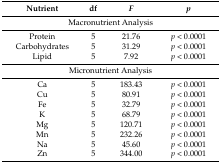
<table><thead><tr><td><b>Nutrient</b></td><td><b>df</b></td><td><b><i>F</i></b></td><td><b><i>p</i></b></td></tr></thead><tbody><tr><td colspan="4">Macronutrient Analysis</td></tr><tr><td>Protein</td><td>5</td><td>21.76</td><td><i>p</i> &lt; 0.0001</td></tr><tr><td>Carbohydrates</td><td>5</td><td>31.29</td><td><i>p</i> &lt; 0.0001</td></tr><tr><td>Lipid</td><td>5</td><td>7.92</td><td><i>p</i> &lt; 0.0001</td></tr><tr><td colspan="4">Micronutrient Analysis</td></tr><tr><td>Ca</td><td>5</td><td>183.43</td><td><i>p</i> &lt; 0.0001</td></tr><tr><td>Cu</td><td>5</td><td>80.91</td><td><i>p</i> &lt; 0.0001</td></tr><tr><td>Fe</td><td>5</td><td>32.79</td><td><i>p</i> &lt; 0.0001</td></tr><tr><td>K</td><td>5</td><td>68.79</td><td><i>p</i> &lt; 0.0001</td></tr><tr><td>Mg</td><td>5</td><td>120.71</td><td><i>p</i> &lt; 0.0001</td></tr><tr><td>Mn</td><td>5</td><td>232.26</td><td><i>p</i> &lt; 0.0001</td></tr><tr><td>Na</td><td>5</td><td>45.60</td><td><i>p</i> &lt; 0.0001</td></tr><tr><td>Zn</td><td>5</td><td>344.00</td><td><i>p</i> &lt; 0.0001</td></tr></tbody></table>